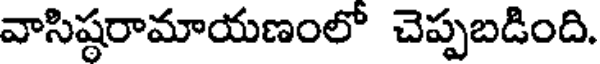
వాసిష్ఠరామాయణంలో చెప్పబడింది.